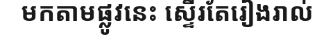
មកតាមផ្លូវនេះ ស្ទើរតែរៀងរាល់